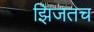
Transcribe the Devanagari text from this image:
झिजतच